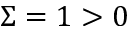
\Sigma = 1 > 0